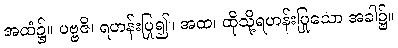
အထံ၌။ ပဗ္ဗဇိ၊ ရဟန်းပြု၍။ အထ၊ ထိုသို့ရဟန်းပြုသော အခါ၌။